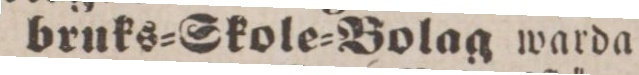
bruks=Skole=Bolag warda